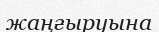
жаңғыруына